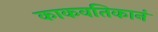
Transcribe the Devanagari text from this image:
काकवतिकानं